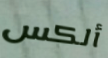
ألكس